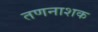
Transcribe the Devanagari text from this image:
तणनाशक